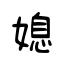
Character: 媳